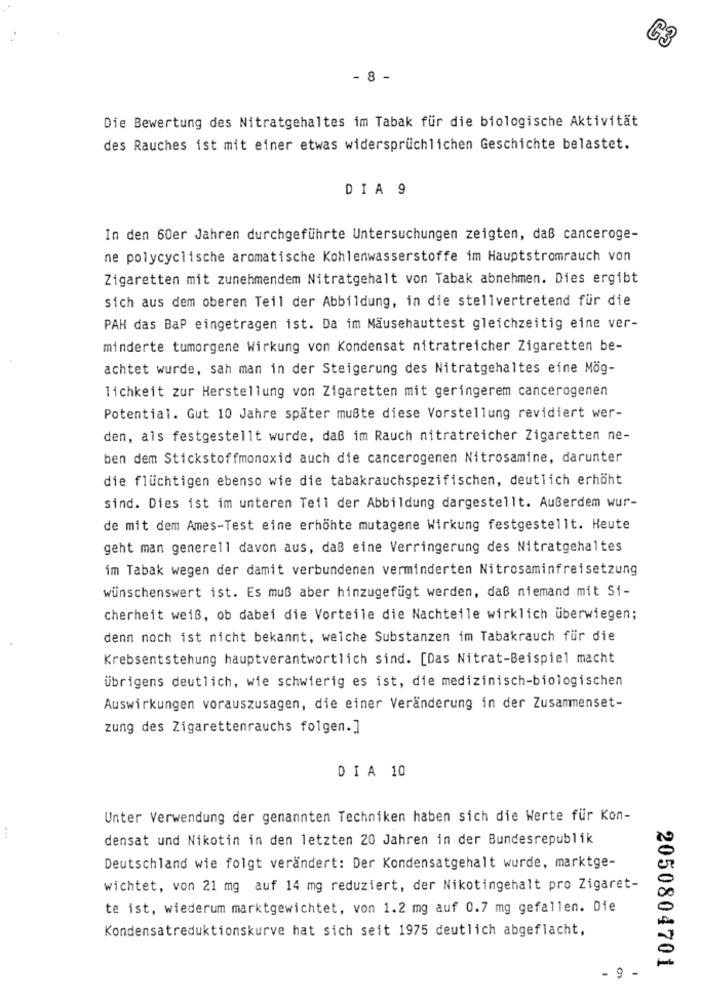
C3
- 8 -
Die Bewertung des Nitratgehaltes im Tabak für die biologische Aktivität
des Rauches ist mit einer etwas widersprüchlichen Geschichte belastet.
DIA 9
In den 60er Jahren durchgeführte Untersuchungen zeigten, daß canceroge-
ne polycyclische aromatische Kohlenwasserstoffe im Hauptstromrauch von
Zigaretten mit zunehmendem Nitratgehalt von Tabak abnehmen. Dies ergibt
sich aus dem oberen Teil der Abbildung, in die stellvertretend für die
PAH das BaP eingetragen ist. Da im Mäusehauttest gleichzeitig eine ver-
minderte tumorgene Wirkung von Kondensat nitratreicher Zigaretten be-
achtet wurde, sah man in der Steigerung des Nitratgehaltes eine Mög-
lichkeit zur Herstellung von Zigaretten mit geringerem cancerogenen
Potential. Gut 10 Jahre später mußte diese Vorstellung revidiert wer-
den, als festgestellt wurde, daß im Rauch nitratreicher Zigaretten ne-
ben dem Stickstoffmonoxid auch die cancerogenen Nitrosamine, darunter
die flüchtigen ebenso wie die tabakrauchspezifischen, deutlich erhöht
sind. Dies ist im unteren Teil der Abbildung dargestellt. Außerdem wur-
de mit dem Ames-Test eine erhöhte mutagene Wirkung festgestellt. Heute
geht man generell davon aus, daß eine Verringerung des Nitratgehaltes
im Tabak wegen der damit verbundenen verminderten Nitrosaminfreisetzung
wünschenswert ist. Es muß aber hinzugefügt werden, daß niemand mit Si-
cherheit weiß, ob dabei die Vorteile die Nachteile wirklich überwiegen;
denn noch ist nicht bekannt, welche Substanzen im Tabakrauch für die
Krebsentstehung hauptverantwortlich sind. [Das Nitrat-Beispiel macht
übrigens deutlich, wie schwierig es ist, die medizinisch-biologischen
Auswirkungen vorauszusagen, die einer Veränderung in der Zusammenset-
zung des Zigarettenrauchs folgen.]
DIA 10
Unter Verwendung der genannten Techniken haben sich die Werte für Kon-
densat und Nikotin in den letzten 20 Jahren in der Bundesrepublik
Deutschland wie folgt verändert: Der Kondensatgehalt wurde, marktge-
wichtet, von 21 mg auf 14 mg reduziert, der Nikotingehalt pro Zigaret-
te ist, wiederum marktgewichtet, von 1.2 mg auf 0.7 mg gefallen. Die
Kondensatreduktionskurve hat sich seit 1975 deutlich abgeflacht,
2050804701
- 9 -